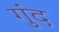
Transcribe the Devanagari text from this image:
गुंद